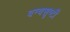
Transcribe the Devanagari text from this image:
वन्यसृष्टी